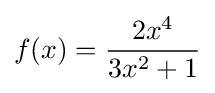
f(x)={\frac {2x^{4}}{3x^{2}+1}}